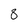
Character: 8